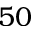
5 0